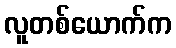
လူတစ်ယောက်က